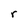
Character: r